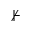
\nvdash